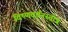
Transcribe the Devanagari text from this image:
विष्णवर्चनस्तोत्र